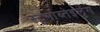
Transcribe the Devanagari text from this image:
स्टुर्माब्तेइलुंग